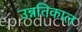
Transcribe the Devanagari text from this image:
उन्नतिकाल